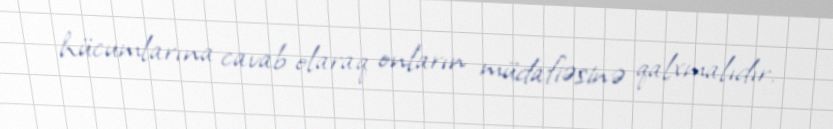
hücumlarına cavab olaraq onların müdafiəsinə qalxmalıdır.